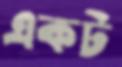
একট